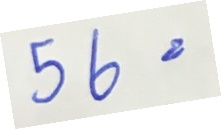
56 =